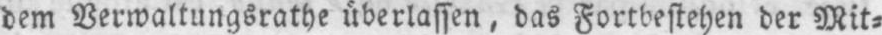
dem Verwaltungsrathe überlassen, das Fortbestehen der Mit⸗